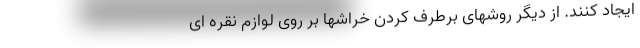
ایجاد کنند. از دیگر روشهای برطرف کردن خراشها بر روی لوازم نقره ای